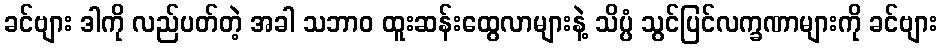
ခင်ဗျား ဒါကို လည်ပတ်တဲ့ အခါ သဘာဝ ထူးဆန်းထွေလာများနဲ့ သိပ္ပံ သွင်ပြင်လက္ခဏာများကို ခင်ဗျား